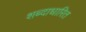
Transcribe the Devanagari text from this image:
शब्दाधारित